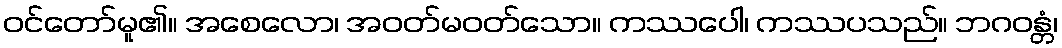
ဝင်တော်မူ၏။ အစေလော၊ အဝတ်မဝတ်သော။ ကဿပေါ၊ ကဿပသည်။ ဘဂဝန္တံ၊